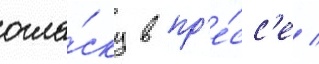
огла́ску в пр'е́сс'е /